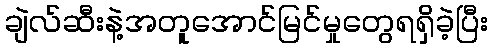
ချဲလ်ဆီးနဲ့အတူအောင်မြင်မှုတွေရရှိခဲ့ပြီး